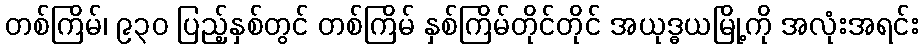
တစ်ကြိမ်၊ ၉၃၀ ပြည့်နှစ်တွင် တစ်ကြိမ် နှစ်ကြိမ်တိုင်တိုင် အယုဒ္ဓယမြို့ကို အလုံးအရင်း